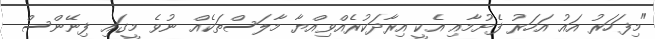
"މިފަހަރު އައު އަހަރު ފެށުމާއި އެކީ އިރާދަކުރެއްވިއްޔާ މާލަސްތަކެއް ނުވެ މީގައި ފިނޭންސް